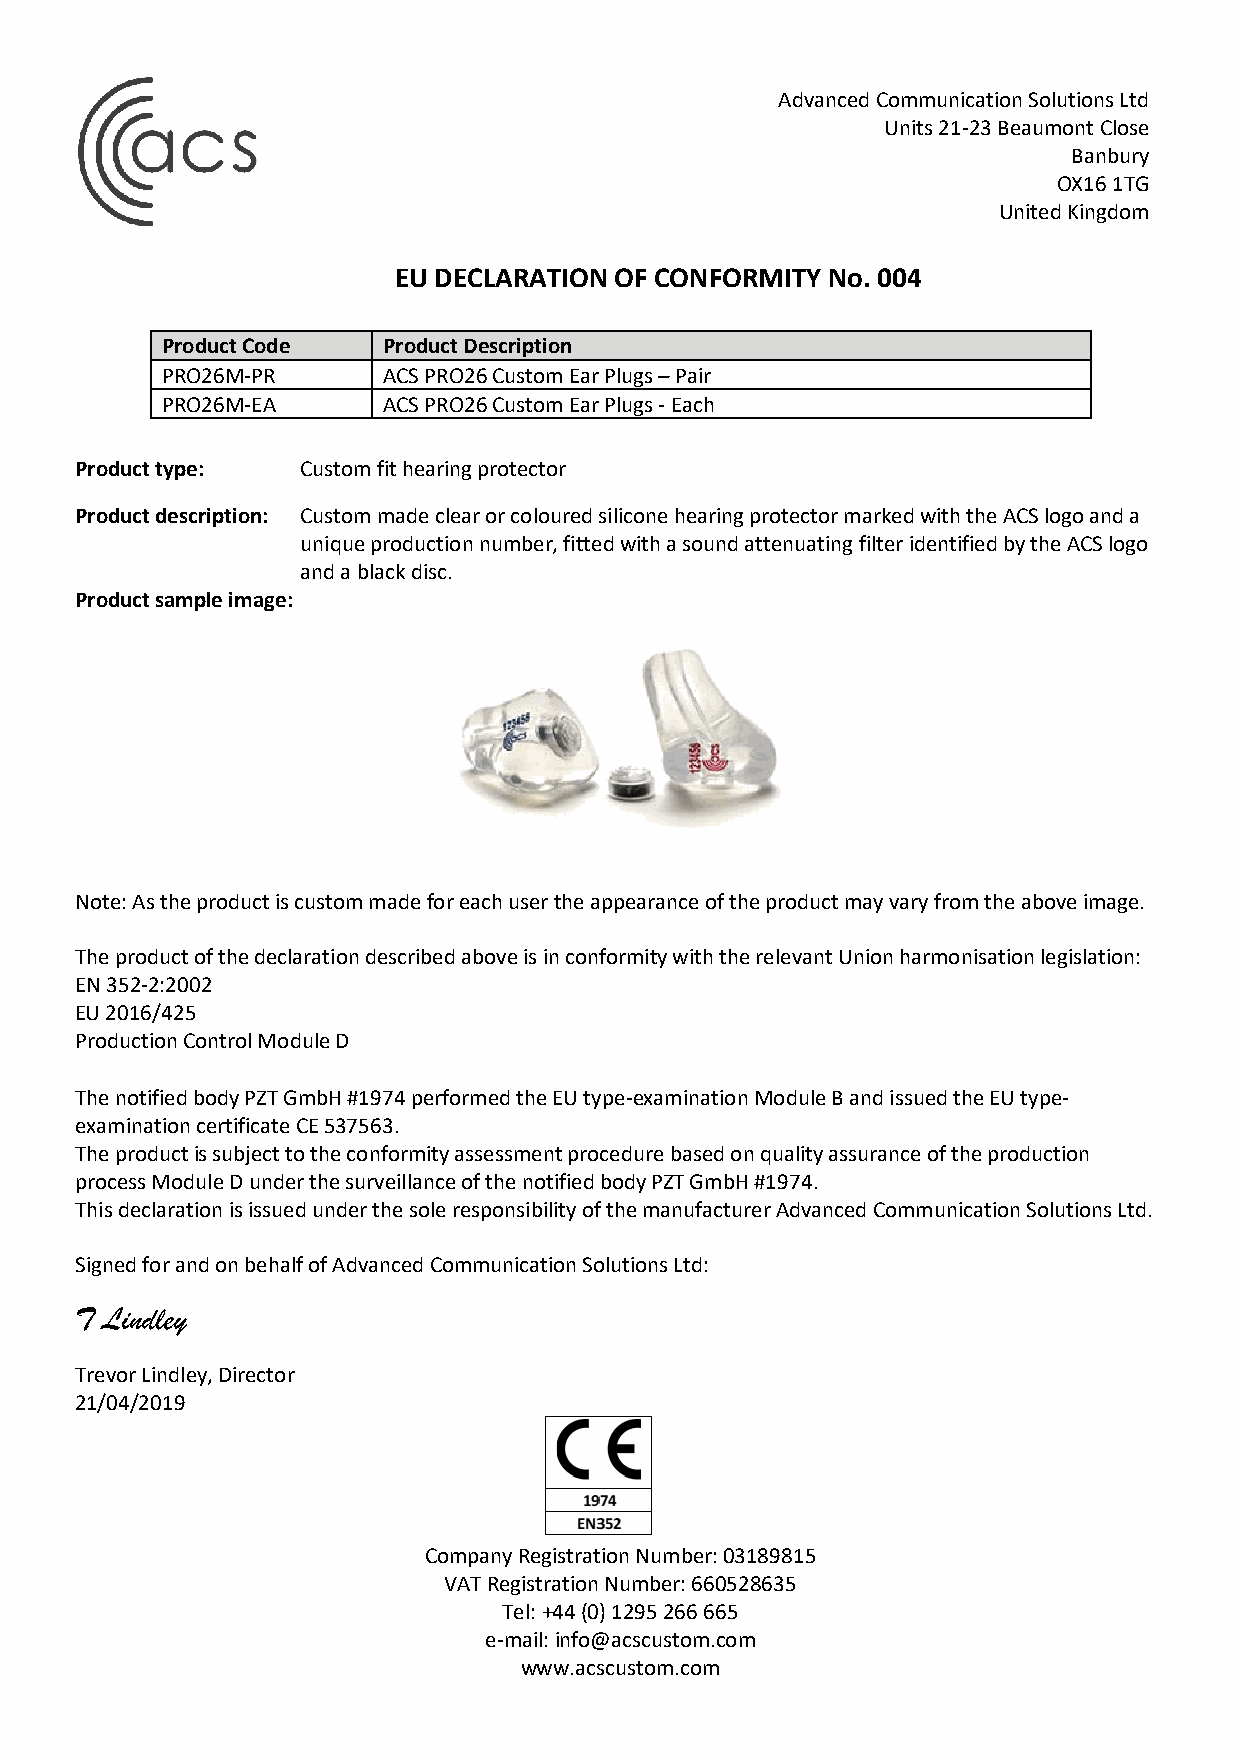
Advanced Communication Solutions Ltd
 Units 21-23 Beaumont Close
 Banbury
 OX16 1TG
 United Kingdom
 EU DECLARATION OF CONFORMITY No. 004
 Product Code  Product Description
 PRO26M-PR     ACS PRO26 Custom Ear Plugs – Pair
 PRO26M-EA     ACS PRO26 Custom Ear Plugs - Each
 Product type:  Custom fit hearing protector
 Product description: Custom made clear or coloured silicone hearing protector marked with the ACS logo and a
 unique production number, fitted with a sound attenuating filter identified by the ACS logo
 and a black disc.
 Product sample image:
 Note: As the product is custom made for each user the appearance of the product may vary from the above image.
 The product of the declaration described above is in conformity with the relevant Union harmonisation legislation:
 EN 352-2:2002
 EU 2016/425
 Production Control Module D
 The notified body PZT GmbH #1974 performed the EU type-examination Module B and issued the EU type-
 examination certificate CE 537563.
 The product is subject to the conformity assessment procedure based on quality assurance of the production
 process Module D under the surveillance of the notified body PZT GmbH #1974.
 This declaration is issued under the sole responsibility of the manufacturer Advanced Communication Solutions Ltd.
 Signed for and on behalf of Advanced Communication Solutions Ltd:
 T Lindley
 Trevor Lindley, Director
 21/04/2019
 Company Registration Number: 03189815
 VAT Registration Number: 660528635
 Tel: +44 (0) 1295 266 665
 e-mail: info@acscustom.com
 www.acscustom.com